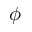
\phi